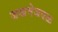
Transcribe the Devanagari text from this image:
जखमेजवळ